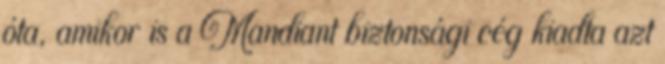
óta, amikor is a Mandiant biztonsági cég kiadta azt